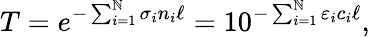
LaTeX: T=e^{-\sum_{i=1}^{\mathbb{N}}\sigma_{i}n_{i}\ell}=10^{-\sum_{i=1}^{\mathbb{N}}\varepsilon_{i}c_{i}\ell},